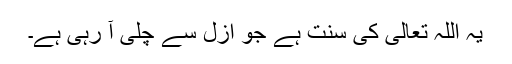
یہ اللہ تعالیٰ کی سنت ہے جو ازل سے چلی آ رہی ہے۔